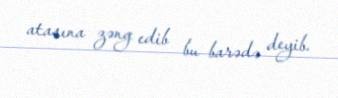
atasına zəng edib bu barədə deyib.